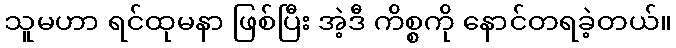
သူမဟာ ရင်ထုမနာ ဖြစ်ပြီး အဲ့ဒီ ကိစ္စကို နောင်တရခဲ့တယ်။